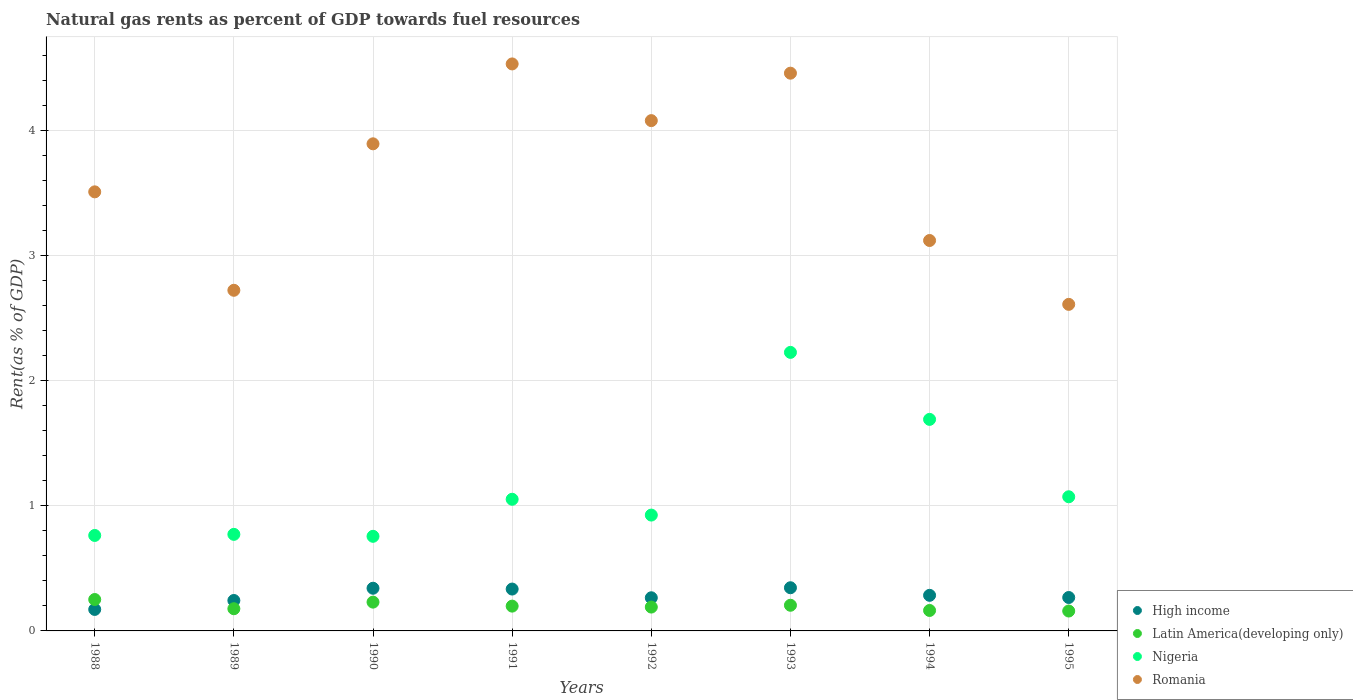
| Years | High income | Latin America(developing only) | Nigeria | Romania |
 | --- | --- | --- | --- | --- |
 | 1988 | 0.172 | 0.251 | 0.763 | 3.51 |
 | 1989 | 0.243 | 0.177 | 0.772 | 2.72 |
 | 1990 | 0.341 | 0.23 | 0.756 | 3.89 |
 | 1991 | 0.335 | 0.198 | 1.05 | 4.53 |
 | 1992 | 0.265 | 0.191 | 0.926 | 4.08 |
 | 1993 | 0.345 | 0.205 | 2.23 | 4.46 |
 | 1994 | 0.285 | 0.164 | 1.69 | 3.12 |
 | 1995 | 0.267 | 0.159 | 1.07 | 2.61 |